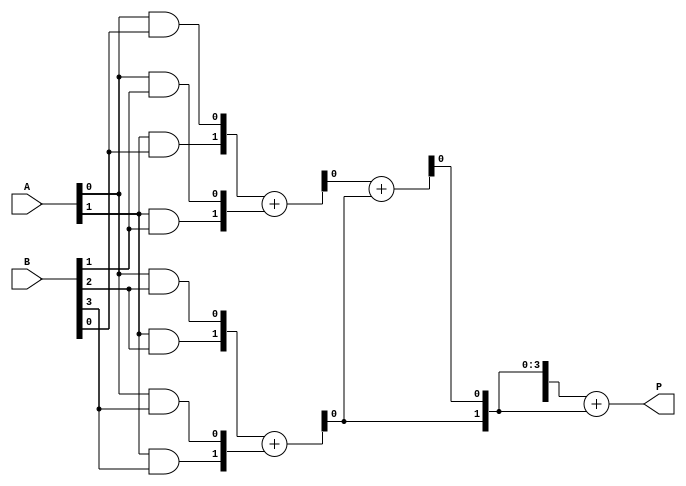
module DaddaMultiplier #(
    parameter N = 4  // Bit width
) (
    input  wire [N-1:0] A,
    input  wire [N-1:0] B,
    output wire [2*N-1:0] P
);

    // Partial Product Generation
    wire [N-1:0] pp [0:N-1];  // Partial products
    genvar i, j;
    generate
        for (i = 0; i < N; i=i+1) begin: partial_products
            for (j = 0; j < N; j=j+1) begin: generate_pp
                assign pp[i][j] = A[j] & B[i]; // Generate partial product
            end
        end
    endgenerate

    // Reducing partial products using Dadda tree
    wire [N-1:0] temp[N-1:0];  // Intermediate sums
    wire [N-1:0] sum;
    wire [N-1:0] carry;

    // Stage 1: Reduce to N/2 rows
    // This can be extended to more stages as per Dadda's algorithm
    generate
        for (i = 0; i < N; i=i+2) begin: reduce_stage1
            if (i + 1 < N) begin
                assign {carry[i/2], sum[i/2]} = pp[i] + pp[i + 1]; 
            end else begin
                assign sum[i/2] = pp[i];
                assign carry[i/2] = 1'b0;
            end
        end
    endgenerate

    // Stage 2: Reduce the intermediate sums further
    // Implementing the reduction logic according to Dadda's method
    wire [N-1:0] sum2;
    generate
        for (i = 0; i < N/2; i=i+1) begin: reduce_stage2
            if (i + 1 < N/2) begin
                assign {carry[i], sum2[i]} = sum[i] + sum[i + 1]; 
            end else begin
                assign sum2[i] = sum[i];
            end
        end
    endgenerate

    // Final stage: Combine final sums and carries
    assign P[2*N-1:0] = {carry, sum2} + sum2;

endmodule